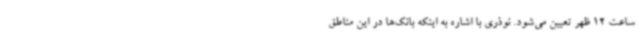
ساعت 12 ظهر تعیین می‌شود. نوذری با اشاره به اینکه بانک‌ها در این مناطق